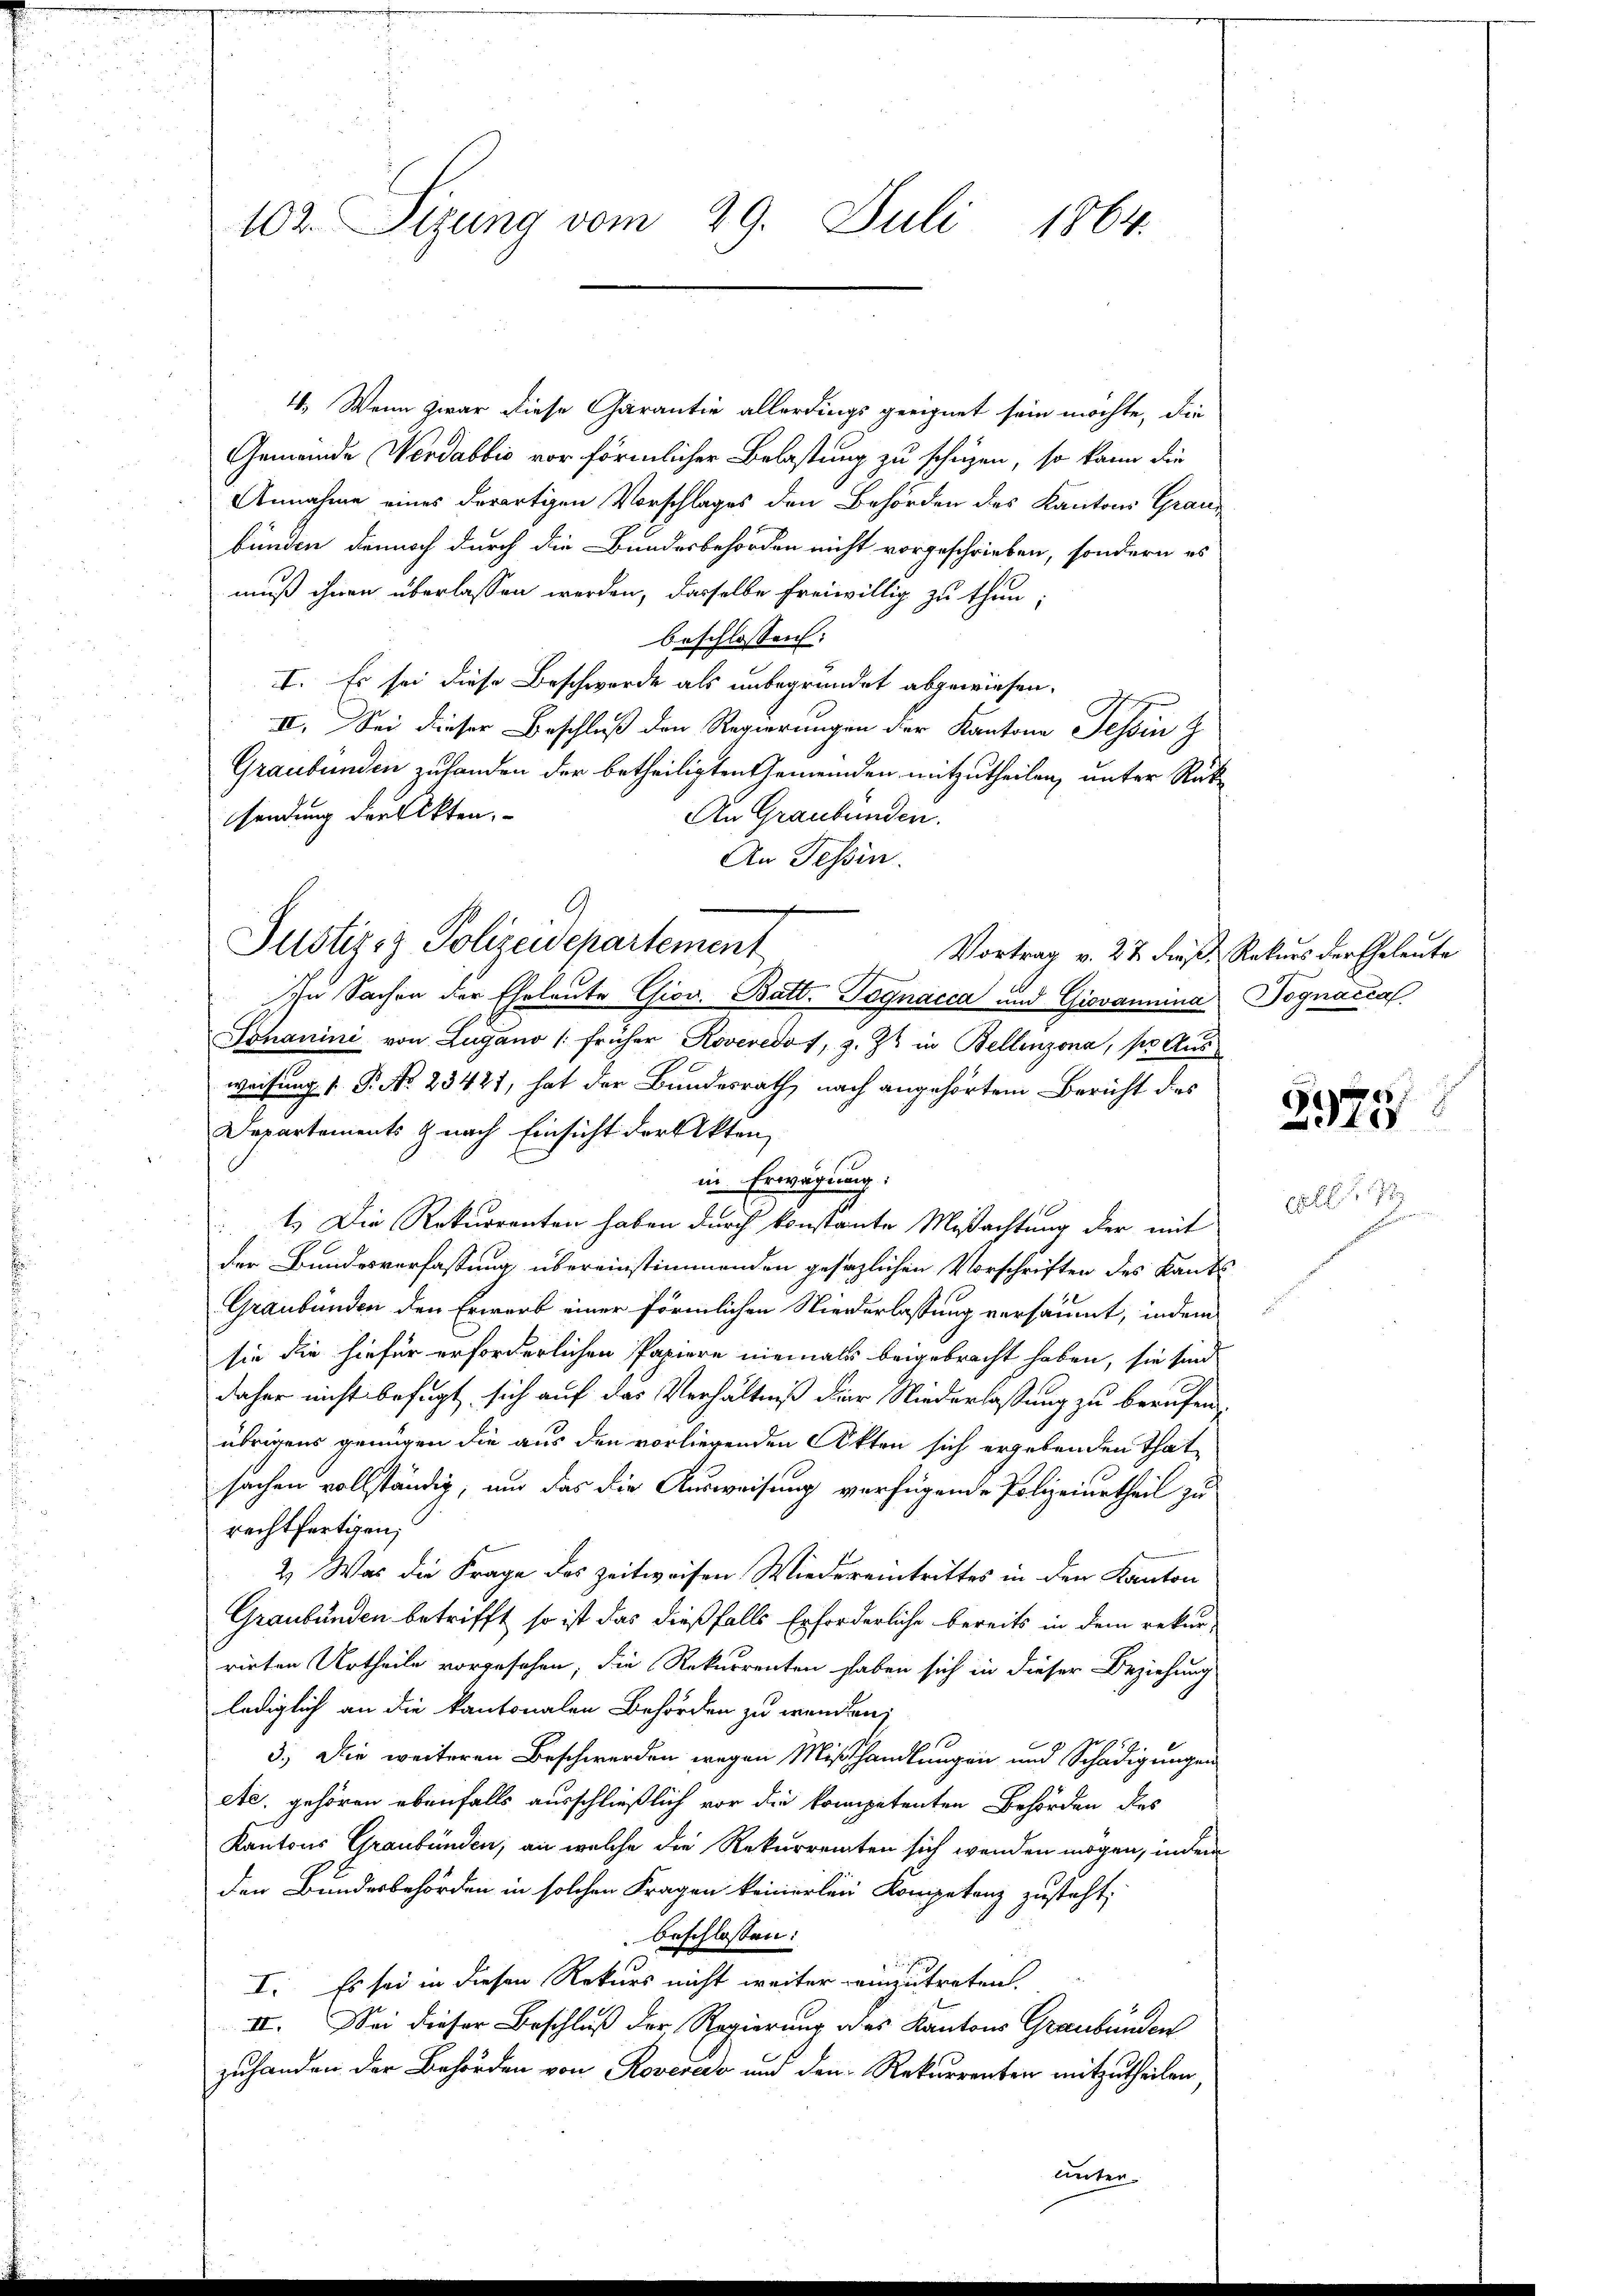
102. Sizung vom 29. Juli 1864.

4. Wenn zwar diese Garantie allerdings geeignet sein möchte, die
Gemeinde Werdabbio vor förmlicher Belastung zu schüzen, so kann die
Annahme eines derartigen Vorschlages den Behörden des Kantons Graubünden dennoch durch die Bundesbehörden nicht vorgeschrieben, sondern es
muß ihnen überlassen werden, dasselbe freiwillig zu thun;
beschlossen:
I. Es sei diese Beschwerde als unbegründet abgewiesen.
II. Sei dieser Beschluß den Regierungen der Kantone Tessin z
Graubünden zuhanden der betheiligten Gemeinden mitzutheilen, unter Rücke
sendung der Akten.
An Graubünden.
An Tessin.
In Sachen der Eheleute Giov. Batt. Tognacca und Giovannina Pognaccaf
Johanini von Lugano (früher Roveredo f, z. Z. in Bellinzona, pr Aus
weisung 1. P. No. 23421, hat der Bundesrath, nach angehörtem Bericht das
Departements & nach Einsicht der Akten,
in Erwägung:
1.) Die Rekurrenten haben durch konstante Missachtung der mit
der Bundesverfassung übereinstimmenden gesezlichen Vorschriften des Kants
Graubünden den Erwarb einer förmlichen Niederlassung versäumt, indem
sie die hiefür erforderlichen Papiere niemals beigebracht haben, sie sind
daher nicht befugt sich auf das Verhältniß der Niederlaßung zu berufen,
übrigens genügen die aus den vorliegenden Akten sich ergebenden That
sachen vollständig, und das die Ausweisung verfügende Polizeiurtheil zu
rechtfertigen;
2.) Was die Frage des Zeitweisen Wiedereintrittes in den Kanton
Graubünden betrifft, so ist das dießfalls Erforderliche bereits in dem rekur-
rirten Urtheile vorgesehen, die Rekurrenten haben sich in dieser Beziehung
lediglich an die kantonalen Behörden zu wenden,
f
3.) Die weiteren Beschwerden wegen Mißhandlungen und Schädigungen
etc. gehören ebenfalls ausschließlich vor die kompetenten Behörden des
Kantons Graubünden, an welche die Rekurrenten sich wenden mögen, indem
den Bundesbehörden in solchen Fragen keinerlein Kompetenz zusteht,
beschlossen:
I. Es sei in diesen Rekurs nicht weiter einzutreten.
II. Sei dieser Beschluß der Regierung des Kantons Graubünden
zuhanden der Behörden von Roveredo und den Rekurrenten mitzutheilen,

.

Justiz- & Polizeidepartement

Unter

Vortrag v. 27 dieß Rekurs der Eheleute

d
C
i

7